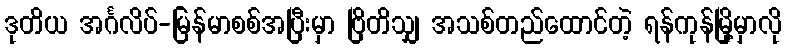
ဒုတိယ အင်္ဂလိပ်-မြန်မာစစ်အပြီးမှာ ဗြိတိသျှ အသစ်တည်ထောင်တဲ့ ရန်ကုန်မြို့မှာလို